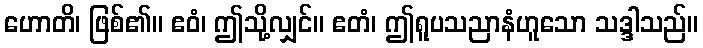
ဟောတိ၊ ဖြစ်၏။ ဧဝံ၊ ဤသို့လျှင်။ ဧတံ၊ ဤရူပသညာနံဟူသော သဒ္ဒါသည်။